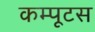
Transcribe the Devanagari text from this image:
कम्पूटस